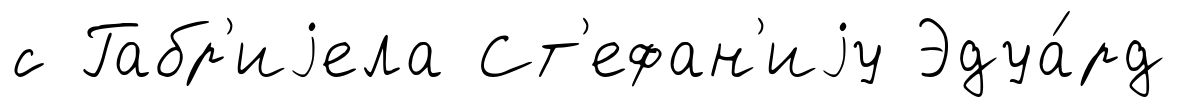
с Габр'иjела Ст'ефан'иjу Эдуа́рд